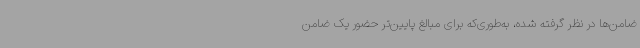
ضامن‌ها در نظر گرفته شده، به‌طوری‌که برای مبالغ پایین‌تر حضور یک ضامن